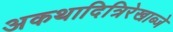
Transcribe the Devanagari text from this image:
अकथादित्रिरेखाब्जे